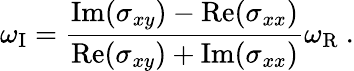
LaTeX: \omega_{\mathrm{I}}=\frac{\mathrm{Im}(\sigma_{xy})-\mathrm{Re}(\sigma_{xx})}{\mathrm{Re}(\sigma_{xy})+\mathrm{Im}(\sigma_{xx})}\omega_{\mathrm{R}}\ .